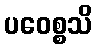
ပဝေစ္စသိ